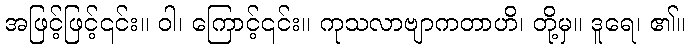
အဖြင့်ဖြင့်၎င်း။ ဝါ၊ ကြောင့်၎င်း။ ကုသလာဗျာကတာဟိ၊ တို့မှ။ ဒူရေ၊ ၏။